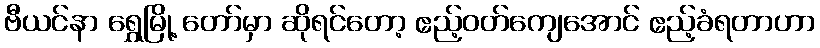
ဗီယင်နာ ရွှေမြို့ တော်မှာ ဆိုရင်တော့ ဧည့်ဝတ်ကျေအောင် ဧည့်ခံရတာဟာ